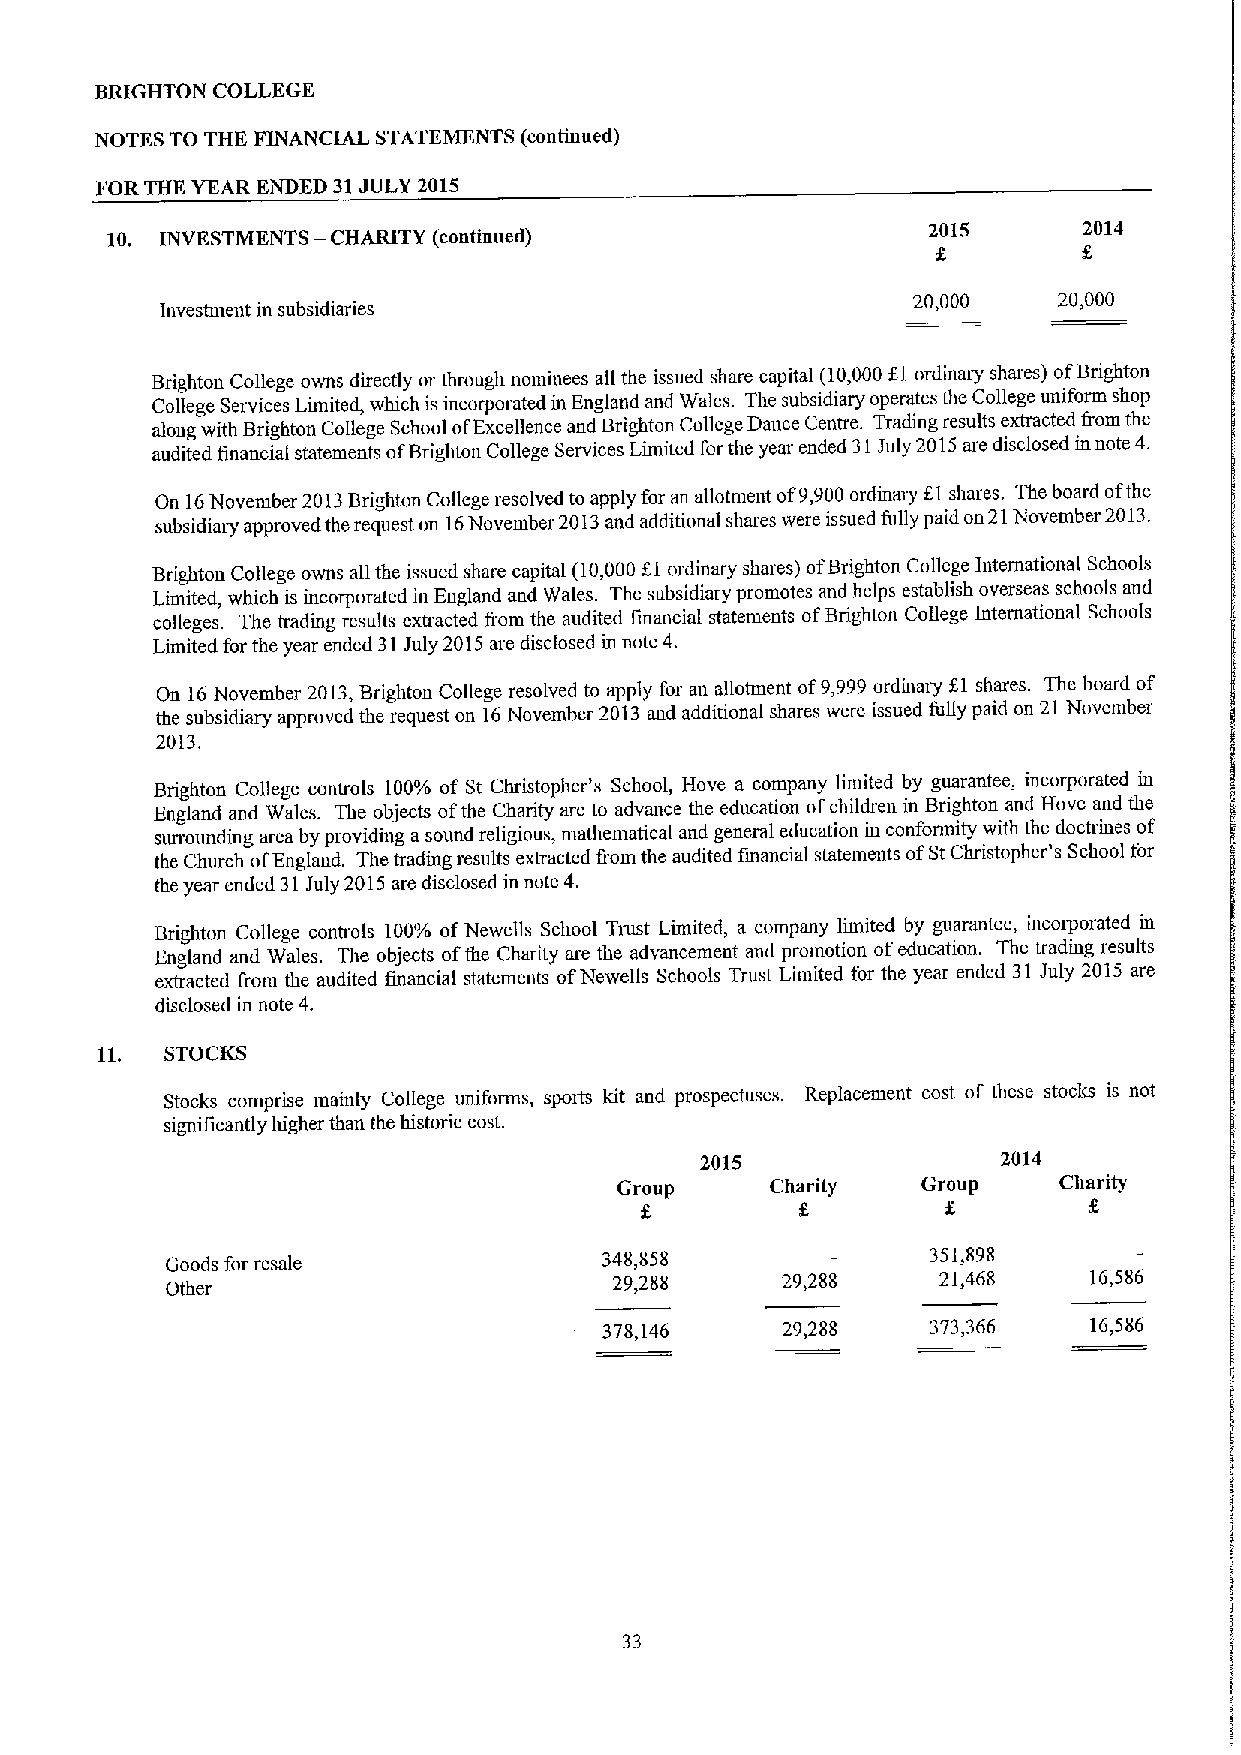
BRIGHTON COLLEGE
 NOTES TO THE FINANCIAL STATEMENTS (continued)
 FOR THE YEAR ENDED 31JULY 2015
 10. INVESTMENTS —CHARITY (continued)                  2015       2014
 20,000    20,000
 Investment in subsidiaries
 Brighton College ovms directly or through nominees all the issued share capital (10,000fl ordutaty shares) ofBrighton
 College Services Limited, which is incorporated in England and Wales. The subsidiary operates the College uniform shop
 along with Brighton College School ofExcellence and Brighton College Dance Centre. Trading results extracted &om the
 audited financial statements ofBrighton College Services Limited forthe year ended 31July 2015are disclosed in note 4.
 On 16November 2013Brighton College resolved to apply for an allotnient of9900ordinaiy fI shares. The board ofthe
 subsidiary approved the request on 16November 2013and additional shares were issued fully paid on21November 2013.
 Brighton College owns all the issued share capital (10,000f,l ordinary shares) ofBrighton College International Schools
 Limited, which is incorporated in England and Wales. The subsidiary promotes and helps establish overseas schools and
 colleges. The trading results extracted from the audited financial statements ofBrighton College International Schools
 Limited for the year ended 31July 2015are disclosed in note 4.
 On 16November 2013,Brighton College resolved to apply for an allotment of9,999ordinary f,l shares. The board of
 the subsidiary approved the request on 16November 2013and additional shares were issued fully paid on 21 November
 2013.
 Brighton College controls 100'!0of St Christopher's School, Hove a company limited by guarantee, incorporated in
 England and Wales. The objects ofthe Charity are to advance the education ofchildren in Brighton and Hove and the
 sunounding area by providing asound religious, ruathematical and general education in conformity with the doctrines of
 the Church ofEngland. The tradmg results extracted fiom the audited financial statements ofStChristopher's School for
 the year ended 31July 2015 are disclosed in note 4.
 Brighton College controls 100'/0 ofNewells School Trust Limited, a company limited by guarantee, incorporated in
 England and Wales. The objects ofthe Charity are the advancement and promotion ofeducation. The trading results
 extracted fi'om the audited financial statements ofNewells Schools Trust Limited for the year ended 31 July 2015 are
 disclosed in note 4.
 STOCKS
 Stocks comprise mainly College uniforms, sports kit and prospectuses. Replacement cost of these stocks is not
 significantly higher than the historic cost.
 2015                2014
 Group     Charity   Group    Charity
 f                    f
 Goods for resale             348,858               351,898
 Other
 29,288     29,288    21,468    16,586
 378,146     29,288    373,366   16,586
 33